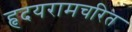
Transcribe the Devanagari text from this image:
हृदयरामचरित